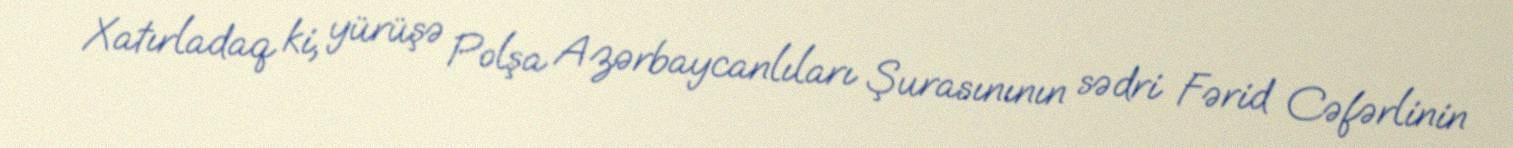
Xatırladaq ki, yürüşə Polşa Azərbaycanlıları Şurasınının sədri Fərid Cəfərlinin